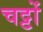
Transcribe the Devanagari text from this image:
चट्टों